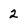
Character: 2